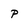
Character: P